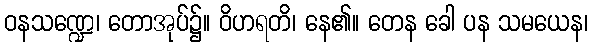
ဝနသဏ္ဍေ၊ တောအုပ်၌။ ဝိဟရတိ၊ နေ၏။ တေန ခေါ ပန သမယေန၊